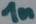
Text: 1n